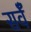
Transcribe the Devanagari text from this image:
सर्वँ